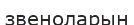
звеноларын